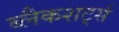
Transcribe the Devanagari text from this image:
ब्लैकशर्ट्स